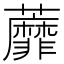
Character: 蘼